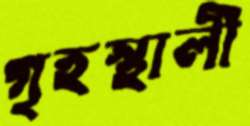
গৃহস্থালী